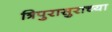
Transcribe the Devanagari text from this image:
त्रिपुरासुराच्या